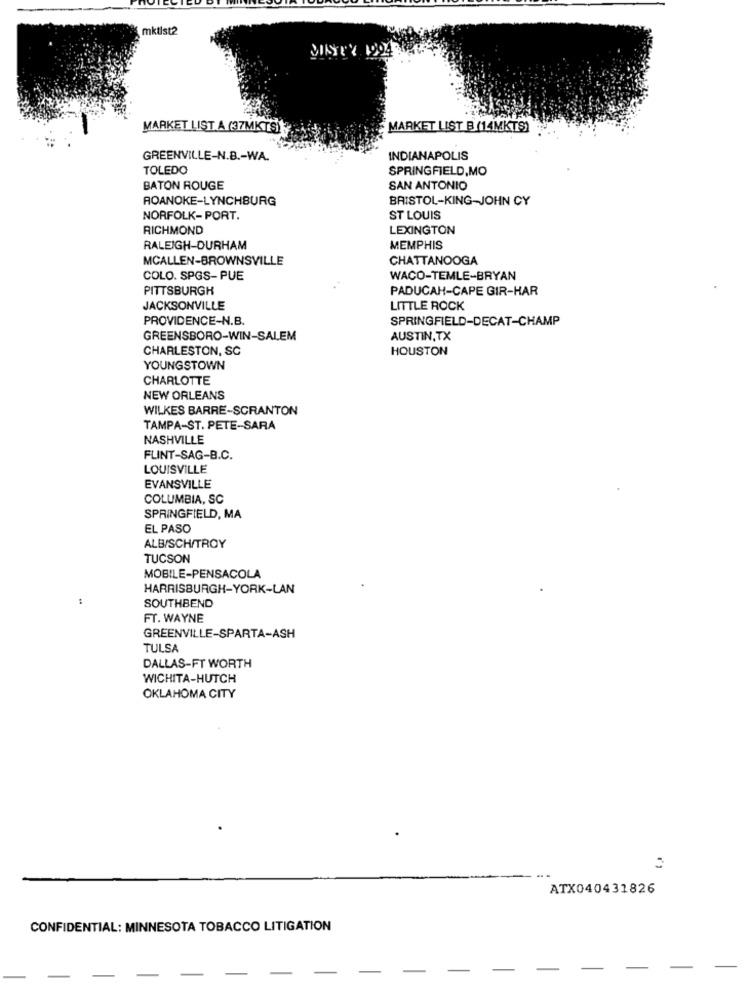
mktist2
MARKET LIST A (37MKTS)
MARKET LIST B (14MKTS)
GREENVILLE-N.B .- WA.
INDIANAPOLIS
TOLEDO
SPRINGFIELD,MO
BATON ROUGE
SAN ANTONIO
ROANOKE-LYNCHBURG
BRISTOL-KING-JOHN CY
NORFOLK-PORT.
ST LOUIS
RICHMOND
LEXINGTON
RALEIGH-DURHAM
MEMPHIS
MCALLEN-BROWNSVILLE
CHATTANOOGA
COLO. SPGS-PUE
WACO-TEMLE-BRYAN
PITTSBURGH
PADUCAH-CAPE GIR-HAR
JACKSONVILLE
LITTLE ROCK
PROVIDENCE-N.B.
SPRINGFIELD-DECAT-CHAMP
GREENSBORO-WIN-SALEM
AUSTIN,TX
CHARLESTON, SC
HOUSTON
YOUNGSTOWN
CHARLOTTE
NEW ORLEANS
WILKES BARRE-SCRANTON
TAMPA-ST. PETE-SARA
NASHVILLE
FLINT-SAG-B.C.
LOUISVILLE
EVANSVILLE
COLUMBIA, SC
SPRINGFIELD, MA
EL PASO
ALB/SCH/TROY
TUCSON
MOBILE-PENSACOLA
HARRISBURGH-YORK-LAN
SOUTHBEND
FT. WAYNE
GREENVILLE-SPARTA-ASH
TULSA
DALLAS-FT WORTH
WICHITA-HUTCH
OKLAHOMA CITY
ATX040431826
CONFIDENTIAL: MINNESOTA TOBACCO LITIGATION